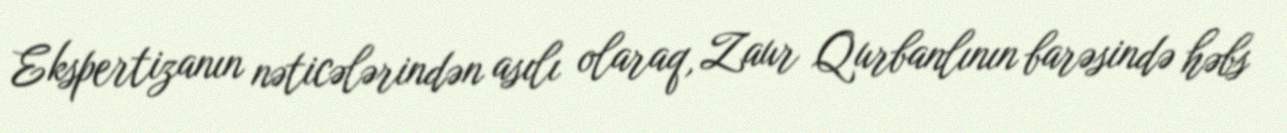
Ekspertizanın nəticələrindən asılı olaraq, Zaur Qurbanlının barəsində həbs